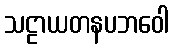
သဠာယတနပဘဝေါ